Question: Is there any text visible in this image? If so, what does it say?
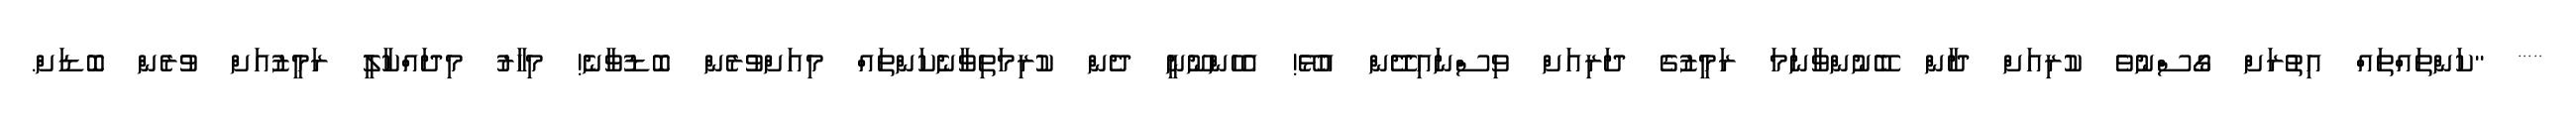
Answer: ***** ''ކަންތައްތައް އިތުރަށް ގޯސްނުވެ ކުރިއަށް ދާން ބޭނުންވާނަމަ ރަމީޒުގެ ދަރިއަށް ވިސްނައިދޭން އުޅޭ! އެހެންނޫނީ ދެން ކުރިމަތިވާނެކަންތައް މިއަށްވުރެން ބޮޑުވާނެ! މިހާރު މިދައްކާލީ ރަމީޒުއަށް ވުރެން ބޮޑަށް.